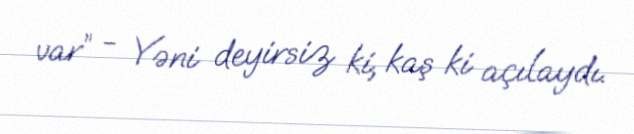
var” - Yəni deyirsiz ki, kaş ki açılaydı.